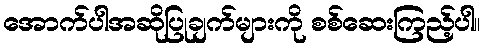
အောက်ပါအဆိုပြုချက်များကို စစ်ဆေးကြည့်ပါ။